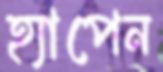
হ্যাপেন